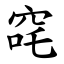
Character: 䆛